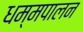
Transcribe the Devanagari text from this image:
धम्मपालन